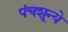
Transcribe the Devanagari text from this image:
पंचशून्ये